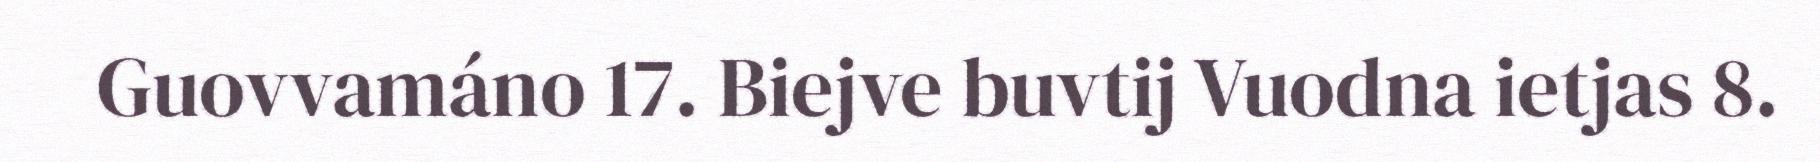
Guovvamáno 17. Biejve buvtij Vuodna ietjas 8.